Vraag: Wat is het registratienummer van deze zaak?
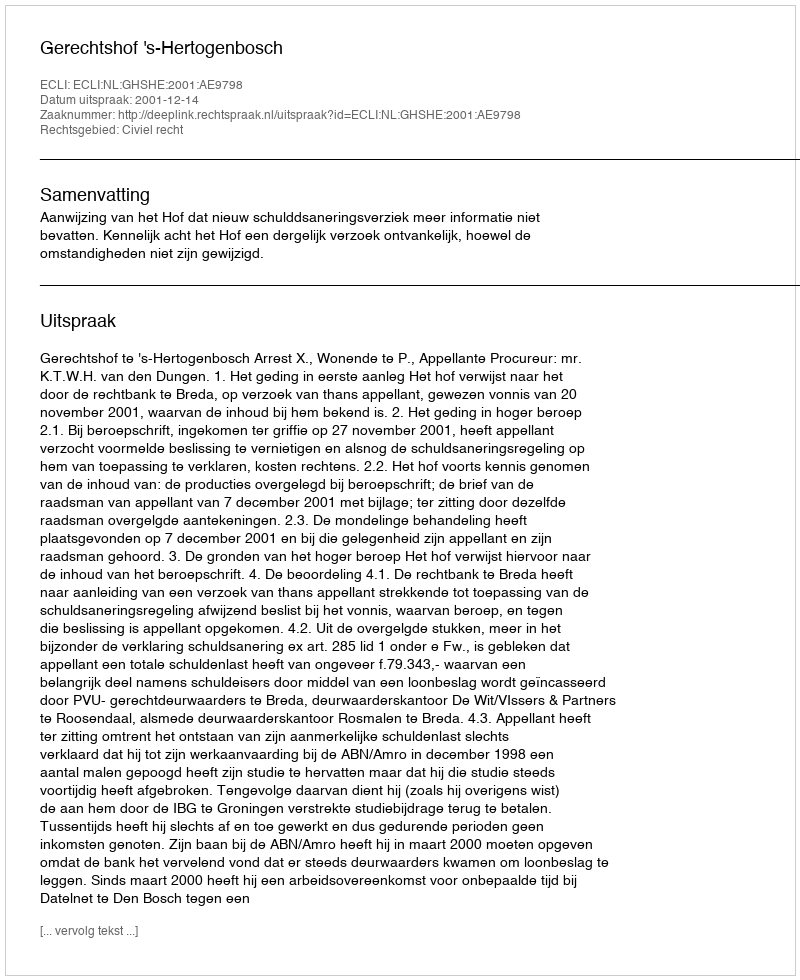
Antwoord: http://deeplink.rechtspraak.nl/uitspraak?id=ECLI:NL:GHSHE:2001:AE9798